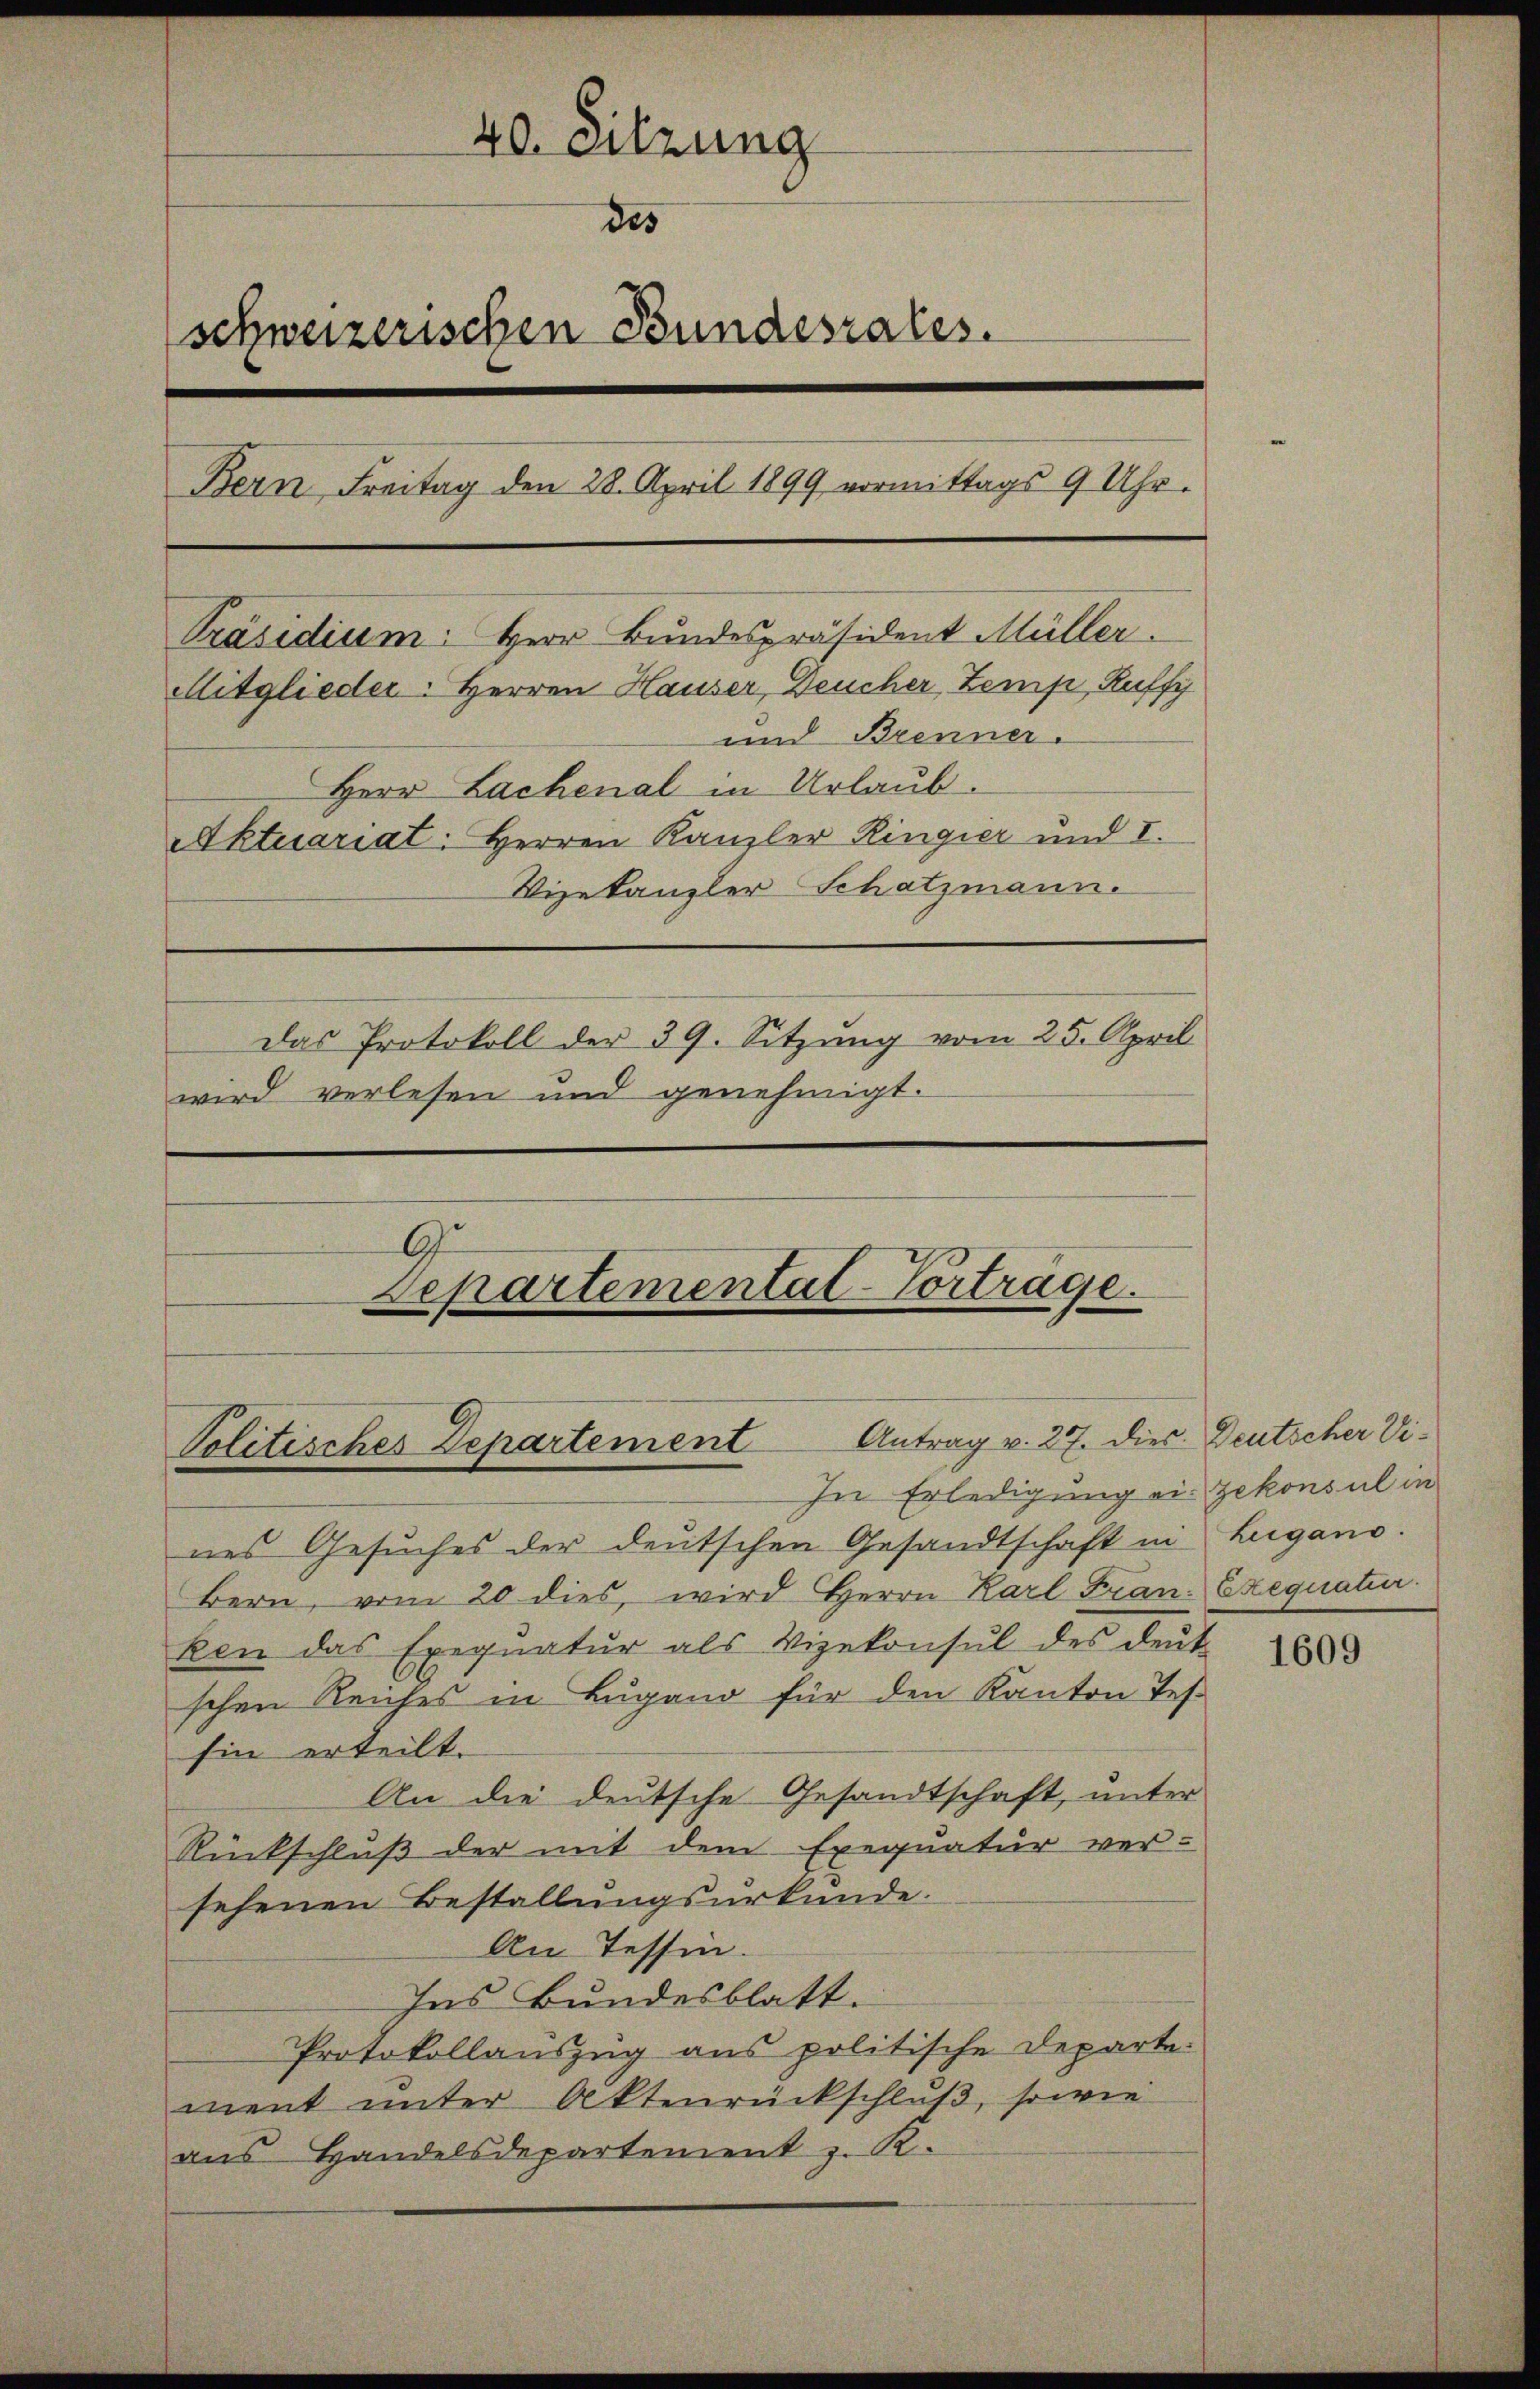
40. Sitzung
des
schweizerischen Bundesrates.
Bern, Freitag den 28. April 1899 vormittags 9 Uhr.
Präsidium: Herr Bundespräsident Müller.
Mitglieder: Herren Hauser, Deucher Zemp, Ruffy
und Brenner.
Herr Lachenal in Urlaub.
Aktuariat: Herren Kanzler Ringier und I.
Vizekanzler Schatzmann.
Das Protokoll der 39. Sitzung vom 25. April
wird verlesen und genehmigt.

A
Separtementat Vorträge.
Volitisches Departement Antrag v. 27. dies
In Erledigung ein gekonsul in

nes Gesuches der deutschen Gesandtschaft in Lugano.
Bern, vom 20 dies, wird Herrn Karl Fran- Exequatur
ken das Exequatur als Vizekonsul des deutschen Reiches in Lugano für den Kanton Teshin erteilt.
An die deutsche Gesandtschaft, unter
Rückschluß der mit dem Exequatur ver-
sehenen Bestellungsurkunde.
An Tessin.
Ins Bundesblatt.
Protokollauszug aus politische Departi-
ment unter Aktenrückschluß, sowie
ans Handelsdepartement z. R.

Deutscher Vi¬

1609